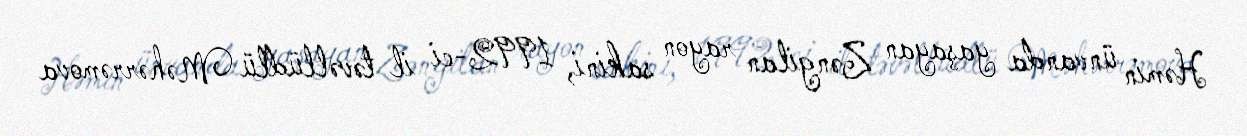
Həmin ünvanda yaşayan Zəngilan rayon sakini, 1992-ci il təvəllüdlü Məhərrəmova